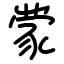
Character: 䝉